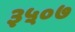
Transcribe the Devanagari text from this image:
३५०७